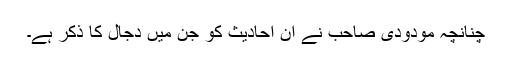
چنانچہ مودودی صاحب نے ان احادیث کو جن میں دجال کا ذکر ہے۔